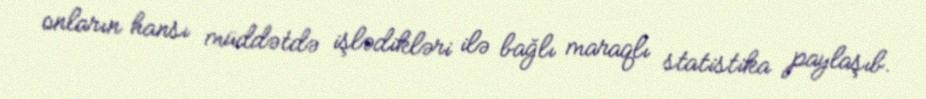
onların hansı müddətdə işlədikləri ilə bağlı maraqlı statistika paylaşıb.